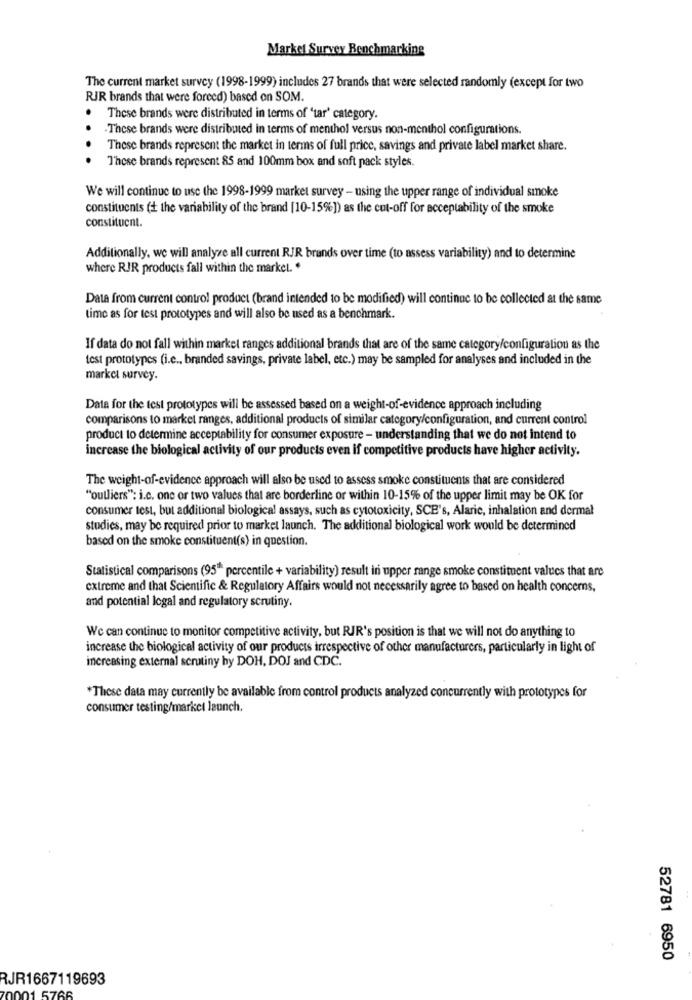
Market Survey Benchmarking
The current market survey (1998-1999) includes 27 brands that were selected randomly (except for two
RJR brands that were forced) based on SOM.
These brands were distributed in terms of 'tar' category.
These brands were distributed in terms of menthol versus non-menthol configurations.
.
These brands represent the market in terms of full price, savings and private label market share.
These brands represent 85 and 100mm box and soft pack styles.
We will continue to use the 1998-1999 market survey - using the upper range of individual smoke
constituents (+ the variability of the brand [10-15%]) as the cut-off for acceptability of the smoke
constituent.
Additionally, we will analyze all current RJR brands over time (to assess variability) and to determine
where RIR products fall within the market. "
Data from current control product (brand intended to be modified) will continue to be collected at the same
time as for test prototypes and will also be used as a benchmark.
If data do not fall within market ranges additional brands that are of the same category/configuration as the
test prototypes (i.e ., branded savings, private label, etc.) may be sampled for analyses and included in the
market survey.
Data for the test prototypes will be assessed based on a weight-of-evidence approach including
comparisons to market ranges, additional products of similar category/configuration, and current control
product to determine acceptability for consumer exposure - understanding that we do not intend to
increase the biological activity of our products even if competitive products have higher activity.
The weight-of-evidence approach will also be used to assess smoke constituents that are considered
"outliers": i.c. one or two values that are borderline or within 10-15% of the upper limit may be OK for
consumer test, but additional biological assays, such as cytotoxicity, SCE's, Alaric, inhalation and dermal
studies, may be required prior to market launch. The additional biological work would be determined
based on the smoke constituent(s) in question.
Statistical comparisons (95" percentile + variability) result in upper range smoke constituent values that are
extreme and that Scientific & Regulatory Affairs would not necessarily agree to based on health concerns,
and potential logal and regulatory scrutiny.
We can continue to monitor competitive activity, but RIR's position is that we will not do anything to
increase the biological activity of our products irrespective of other manufacturers, particularly in light of
increasing external scrutiny by DOH, DOJ and CDC.
*These data may currently be available from control products analyzed concurrently with prototypes for
consumer testing/market launch.
52781 6950
RJR1667119693
5766